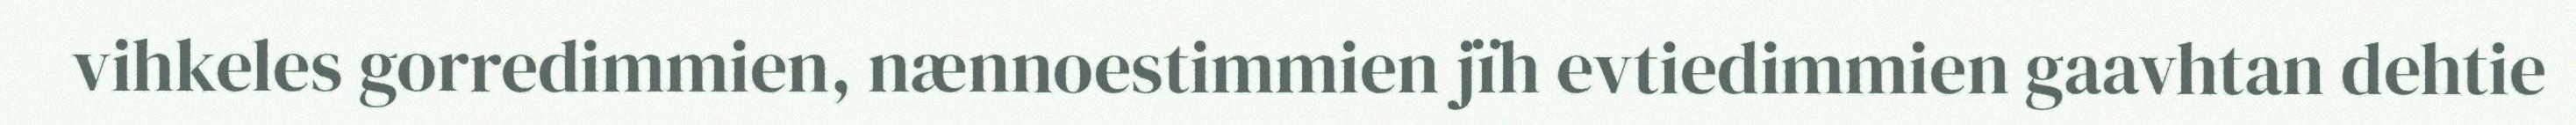
vihkeles gorredimmien, nænnoestimmien jïh evtiedimmien gaavhtan dehtie